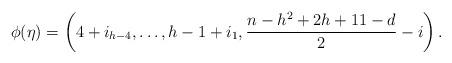
LaTeX: \begin{align*}\phi(\eta)=\left(4+i_{h-4},\dots,h-1+i_1,\frac{n-h^2+2h+11-d}{2}-i\right).\end{align*}